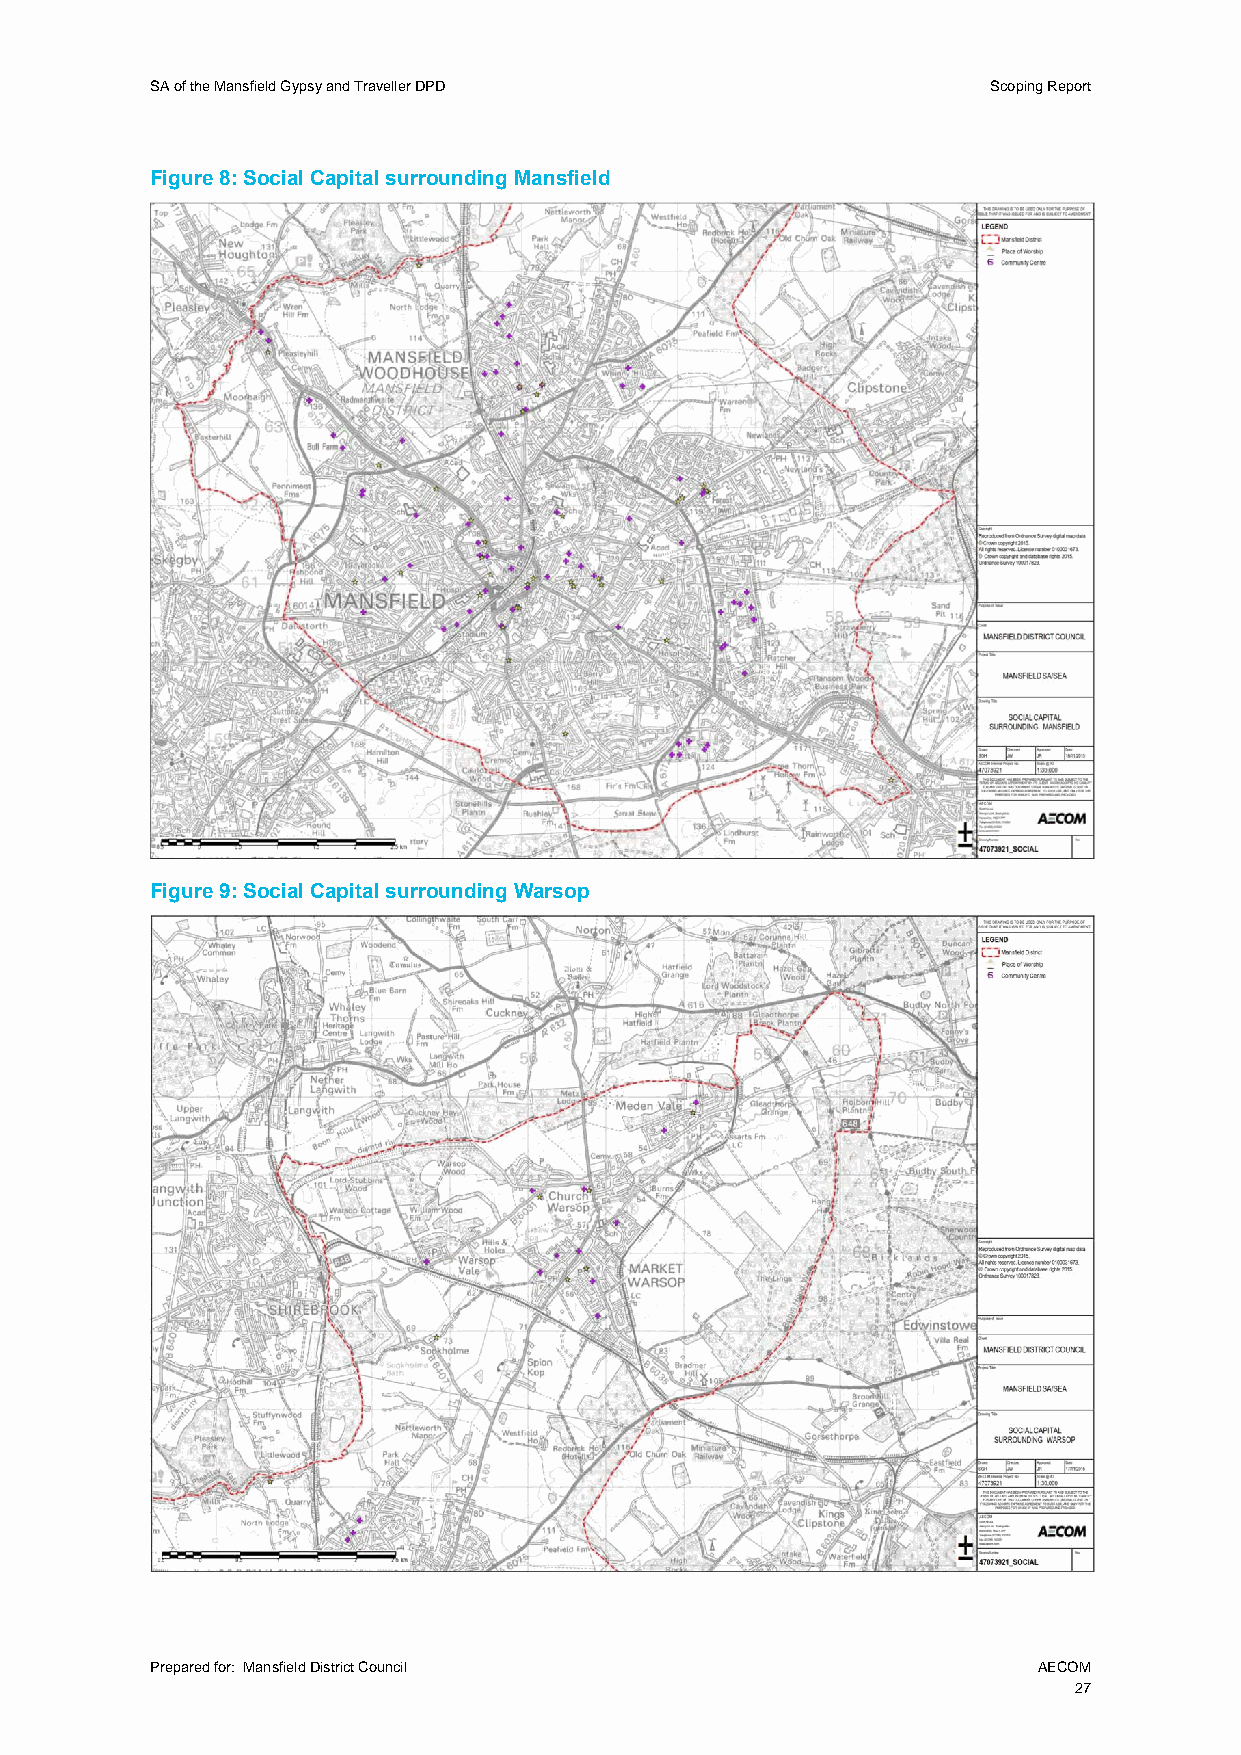
SA of the Mansfield Gypsy and Traveller DPD             Scoping Report
 Figure 8: Social Capital surrounding Mansfield
 Figure 9: Social Capital surrounding Warsop
 Prepared for: Mansfield District Council                   AECOM
 27